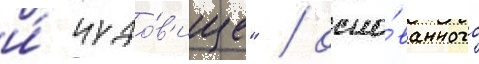
и́ чудо́в'ище" / осно́ванного